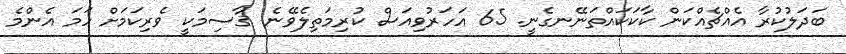
ބަދަލުކުރާ އެއްޗެއްކަން ކާކަކައްތަނޭނގެނީ. 65 އަހަރުވިއަސް ކުރިމަތިލެވޭނެ. ޤާސިމަކީ ވެރިކަމަށް ހަމަ އެންމެ